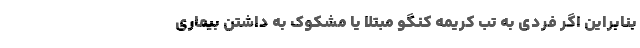
بنابراین اگر فردی به تب کریمه کنگو مبتلا یا مشکوک به داشتن بیماری